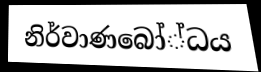
නිර්වාණබෝ්ධය